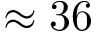
\approx 3 6